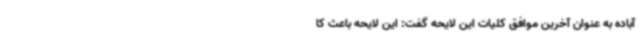
آباده به عنوان آخرین موافق کلیات این لایحه گفت: این لایحه باعث کا